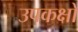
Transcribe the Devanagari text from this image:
उपकक्षों